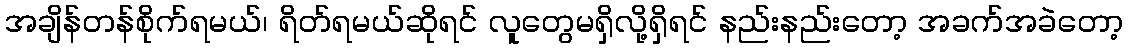
အချိန်တန်စိုက်ရမယ်၊ ရိတ်ရမယ်ဆိုရင် လူတွေမရှိလို့ရှိရင် နည်းနည်းတော့ အခက်အခဲတော့